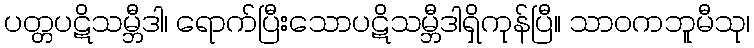
ပတ္တပဋိသမ္ဘီဒါ၊ ရောက်ပြီးသောပဋိသမ္ဘီဒါရှိကုန်ပြီ။ သာဝကဘူမီသု၊